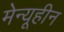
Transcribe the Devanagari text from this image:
मेन्यूहीन